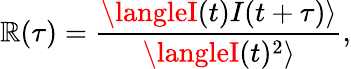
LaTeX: \mathbb{R}(\tau)=\frac{{\langleI(t)I(t+\tau)\rangle}}{{\langleI(t)^{2}\rangle}},